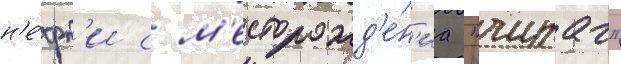
н'е́фт'и с м'есторожд'е́н'иа "чираг"